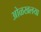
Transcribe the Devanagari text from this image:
ओळखलया